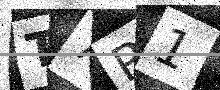
Text: T7P1